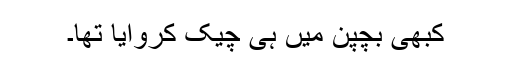
کبھی بچپن میں ہی چیک کروایا تھا۔